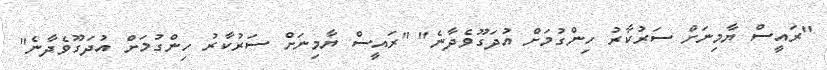
"ރައީސް ޔާމިނަށް ސަރުކާރު ހިންގުމަށް އުދަގޫވެދާނެ" "ރައީސް ޔާމިނަށް ސަރުކާރު ހިންގުމަށް އުދަގޫވެދާނެ"